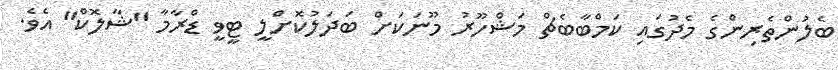
ބެލުންތެރިންގެ މެދުގައި ކަމްބާބެޗް މަޝްހޫރު މޫނަކަށް ބަދަލުކޮށްލީ ޓީވީ ޑްރާމާ "ޝާލޮކް" އެވެ.